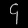
Digit: ၄